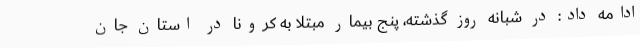
ادامه داد: در شبانه روز گذشته، پنج بیمار مبتلا به کرونا در استان جان